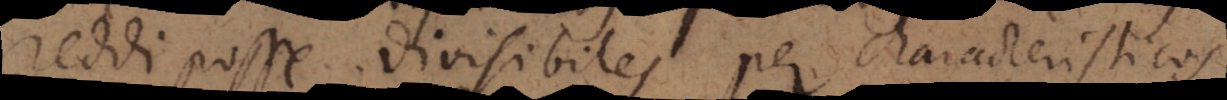
reddi posse divisibiles per characteristicos